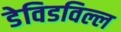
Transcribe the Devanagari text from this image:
डेविडविल्ल